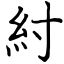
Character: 紂